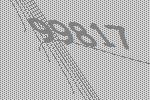
99817